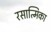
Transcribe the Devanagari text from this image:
रसात्मिका